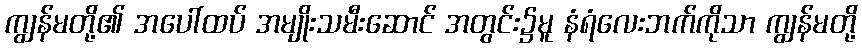
ကျွန်မတို့၏ အပေါ်ထပ် အမျိုးသမီးဆောင် အတွင်း၌မူ နံရံလေးဘက်ကိုသာ ကျွန်မတို့